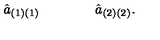
{ \hat { a } } _ { ( 1 ) ( 1 ) } \qquad \qquad { \hat { a } } _ { ( 2 ) ( 2 ) } .